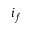
i _ { f }